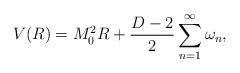
LaTeX: \begin{align*}V(R)=M_0^2 R+\frac{D-2}{2}\sum\limits_{n=1}^{\infty}\omega_n,\end{align*}